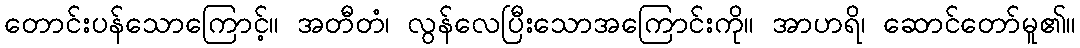
တောင်းပန်သောကြောင့်။ အတီတံ၊ လွန်လေပြီးသောအကြောင်းကို။ အာဟရိ၊ ဆောင်တော်မူ၏။